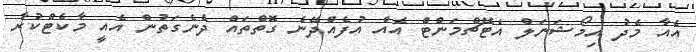
އެއާ މެދު އިމޯޝަނަލް އެޓޭޗްމަންޓް އެއް އުފެއްދޭނެ ގޮތްތައް ދެނެގަތުން އެއީ މާކެޓްކުރާ